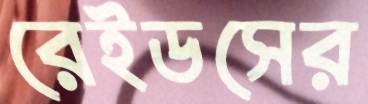
রেইডসের